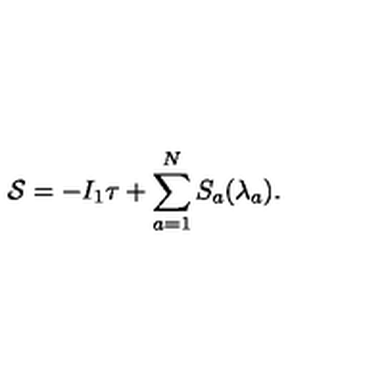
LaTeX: { \cal S } = - I _ { 1 } \tau + \sum _ { a = 1 } ^ { N } S _ { a } ( \lambda _ { a } ) .